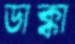
ডাক্কা